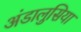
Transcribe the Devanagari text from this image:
अंडालुसिया